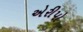
એરીપો